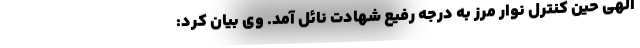
الهی حین کنترل نوار مرز به درجه رفیع شهادت نائل آمد. وی بیان کرد: